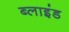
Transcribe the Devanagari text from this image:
ब्‍लाइंड